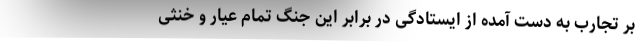
بر تجارب به دست آمده از ایستادگی در برابر این جنگ تمام عیار و خنثی